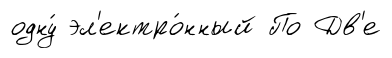
одну́ эл'ектро́нный По Дв'е